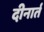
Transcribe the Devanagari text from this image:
दीनार्त